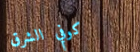
كوفي الشرق